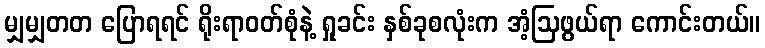
မျှမျှတတ ပြောရရင် ရိုးရာဝတ်စုံနဲ့ ရှုခင်း နှစ်ခုစလုံးက အံ့ဩဖွယ်ရာ ကောင်းတယ်။